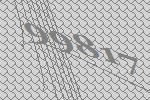
99817